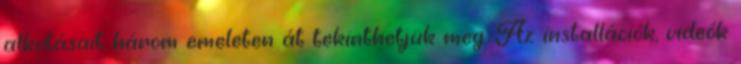
alkotásait három emeleten át tekinthetjük meg. Az installációk, videók